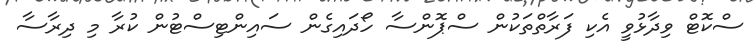
ސްކޮޓް ވިދާޅުވީ އެކި ފަރާތްތަކުން ސްޕޮންސާ ހޯދައިގެން ސައިންޓިސްޓުން ކުރާ މި ދިރާސާ